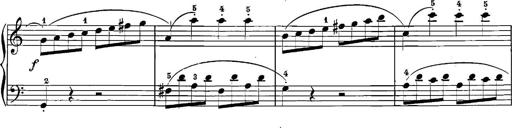
Title: 12 Sonatinas
Composer: Ignaz Pleyel